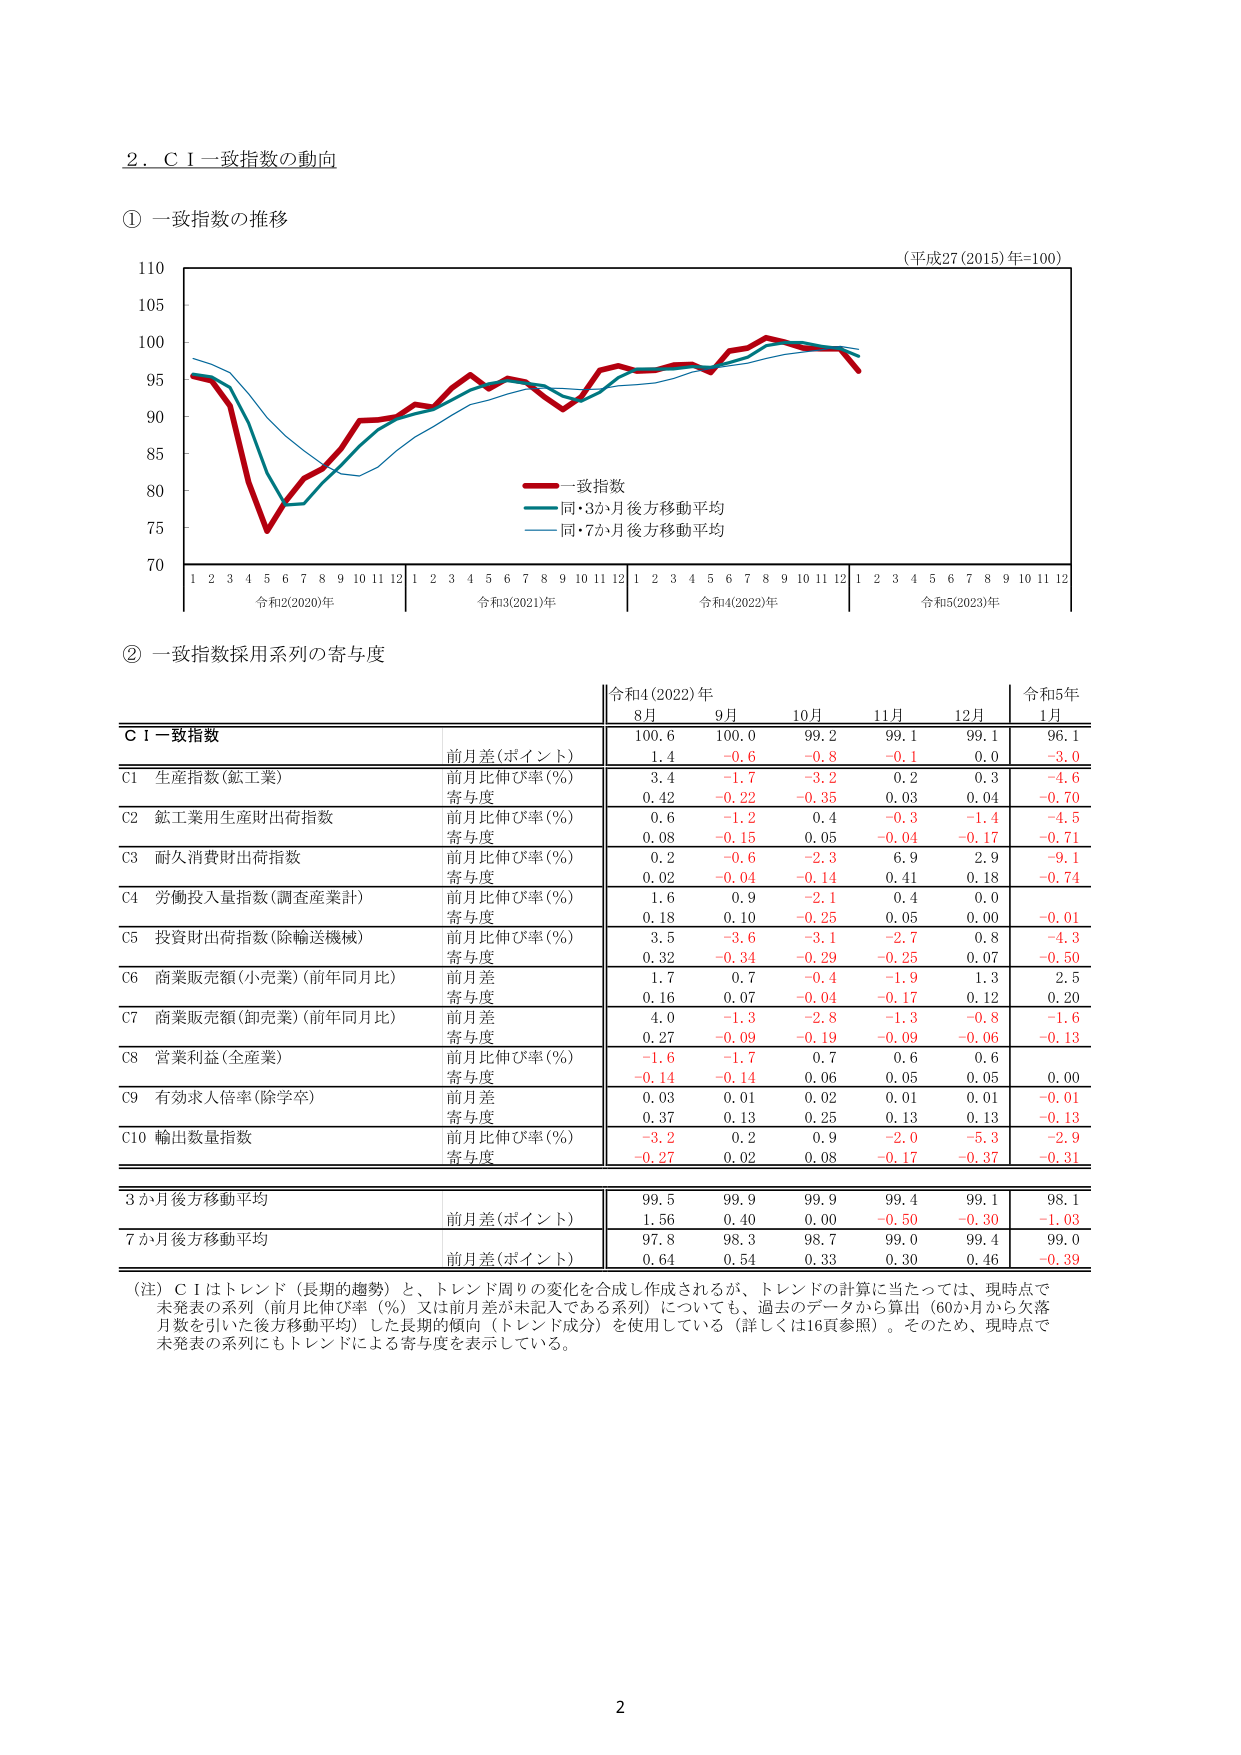
2．ＣＩ一致指数の動向

① 一致指数の推移

（平成27(2015)年=100）

110
105
100
95
90
85
80
75
70

1 2 3 4 5 6 7 8 9 10 11 12 1 2 3 4 5 6 7 8 9 10 11 12 1 2 3 4 5 6 7 8 9 10 11 12 1 2 3 4 5 6 7 8 9 10 11 12

令和2(2020)年 令和3(2021)年 令和4(2022)年 令和5(2023)年

――一致指数
――同・3か月後方移動平均
――同・7か月後方移動平均

② 一致指数採用系列の寄与度

令和4(2022)年 令和5年
8月 9月 10月 11月 12月 1月

ＣＩ一致指数
前月差(ポイント) 100.6 100.0 99.2 99.1 99.1 96.1
1.4 -0.6 -0.8 -0.1 0.0 -3.0

C1 生産指数(鉱工業)
前月比伸び率(%) 3.4 -1.7 -3.2 0.2 0.3 -4.6
寄与度 0.42 -0.22 -0.35 0.03 0.04 -0.70

C2 鉱工業用生産財出荷指数
前月比伸び率(%) 0.6 -1.2 0.4 -0.3 -1.4 -4.5
寄与度 0.08 -0.15 0.05 -0.04 -0.17 -0.71

C3 耐久消費財出荷指数
前月比伸び率(%) 0.2 -0.6 -2.3 6.9 2.9 -9.1
寄与度 0.02 -0.04 -0.14 0.41 0.18 -0.74

C4 労働投入量指数(調査産業計)
前月比伸び率(%) 1.6 0.9 -2.1 0.4 0.0
寄与度 0.18 0.10 -0.25 0.05 0.00 -0.01

C5 投資財出荷指数(除輸送機械)
前月比伸び率(%) 3.5 -3.6 -3.1 -2.7 0.8 -4.3
寄与度 0.32 -0.34 -0.29 -0.25 0.07 -0.50

C6 商業販売額(小売業)(前年同月比)
前月差 1.7 0.7 -0.4 -1.9 1.3 2.5
寄与度 0.16 0.07 -0.04 -0.17 0.12 0.20

C7 商業販売額(卸売業)(前年同月比)
前月差 4.0 -1.3 -2.8 -1.3 -0.8 -1.6
寄与度 0.27 -0.09 -0.19 -0.09 -0.06 -0.13

C8 営業利益(全産業)
前月比伸び率(%) -1.6 -1.7 0.7 0.6 0.6
寄与度 -0.14 -0.14 0.06 0.05 0.05 0.00

C9 有効求人倍率(除学卒)
前月差 0.03 0.01 0.02 0.01 0.01 -0.01
寄与度 0.37 0.13 0.25 0.13 0.13 -0.13

C10 輸出数量指数
前月比伸び率(%) -3.2 0.2 0.9 -2.0 -5.3 -2.9
寄与度 -0.27 0.02 0.08 -0.17 -0.37 -0.31

3か月後方移動平均
前月差(ポイント) 99.5 99.9 99.9 99.4 99.1 98.1
1.56 0.40 0.00 -0.50 -0.30 -1.03

7か月後方移動平均
前月差(ポイント) 97.8 98.3 98.7 99.0 99.4 99.0
0.64 0.54 0.33 0.30 0.46 -0.39

（注）ＣＩはトレンド（長期的趨勢）と、トレンド周りの変化を合成し作成されるが、トレンドの計算に当たっては、現時点で未発表の系列（前月比伸び率（%）又は前月差が未記入である系列）についても、過去のデータから算出（60か月から欠落月数を引いた後方移動平均）した長期的傾向（トレンド成分）を使用している（詳しくは16頁参照）。そのため、現時点で未発表の系列にもトレンドによる寄与度を表示している。

2